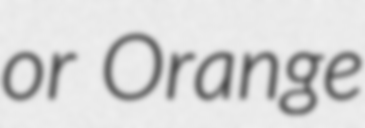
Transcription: or Orange